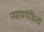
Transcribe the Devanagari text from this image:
न्यायपंडितों